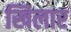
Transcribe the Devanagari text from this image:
खिलार